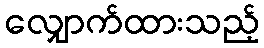
လျှောက်ထားသည့်